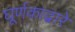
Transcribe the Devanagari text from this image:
घूर्णकाद्वारे